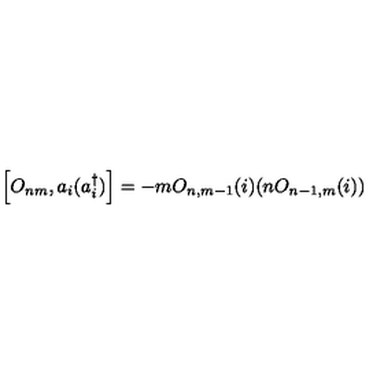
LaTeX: \left[ O _ { n m } , a _ { i } ( a _ { i } ^ { \dagger } ) \right] = - m O _ { n , m - 1 } ( i ) ( n O _ { n - 1 , m } ( i ) )